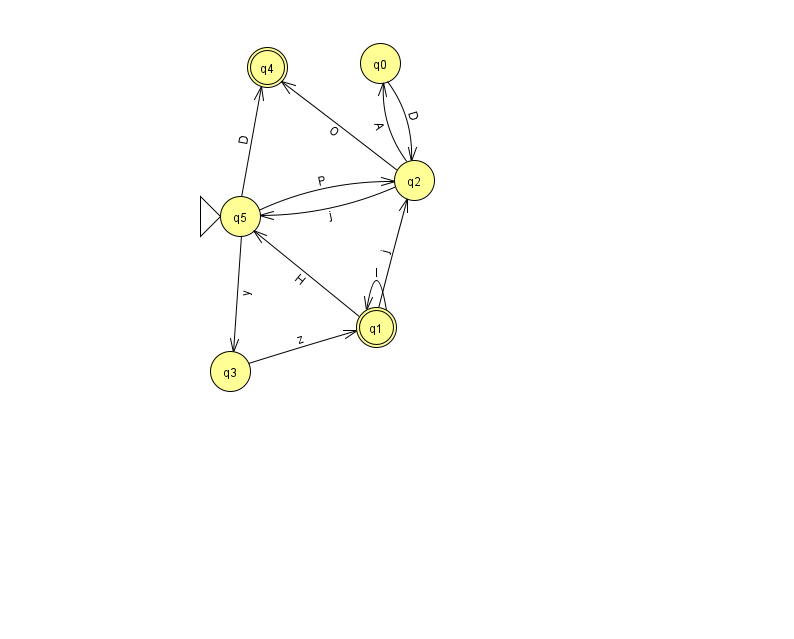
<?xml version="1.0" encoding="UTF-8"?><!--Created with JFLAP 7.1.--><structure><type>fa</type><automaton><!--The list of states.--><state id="0" name="q0"><x>380.0</x><y>50.0</y></state><state id="1" name="q1"><x>376.0</x><y>314.0</y><final/></state><state id="2" name="q2"><x>414.0</x><y>167.0</y></state><state id="3" name="q3"><x>230.0</x><y>358.0</y></state><state id="4" name="q4"><x>267.0</x><y>54.0</y><final/></state><state id="5" name="q5"><x>240.0</x><y>203.0</y><initial/></state><!--The list of transitions.--><transition><from>3</from><to>1</to><read>z</read></transition><transition><from>5</from><to>4</to><read>D</read></transition><transition><from>2</from><to>0</to><read>A</read></transition><transition><from>1</from><to>2</to><read>j</read></transition><transition><from>0</from><to>2</to><read>D</read></transition><transition><from>1</from><to>5</to><read>H</read></transition><transition><from>5</from><to>2</to><read>P</read></transition><transition><from>1</from><to>1</to><read>l</read></transition><transition><from>2</from><to>4</to><read>O</read></transition><transition><from>5</from><to>3</to><read>y</read></transition><transition><from>2</from><to>5</to><read>j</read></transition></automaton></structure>